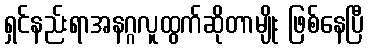
ရှင်နည်းရာအနဂ္ဂလူထွက်ဆိုတာမျိုး ဖြစ်နေပြီ